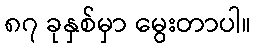
၈၇ ခုနှစ်မှာ မွေးတာပါ။